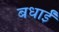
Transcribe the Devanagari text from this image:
बधाईं